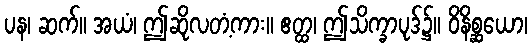
ပန၊ ဆက်။ အယံ၊ ဤဆိုလတံ့ကား။ ဧတ္ထ၊ ဤသိက္ခာပုဒ်၌။ ဝိနိစ္ဆယော၊